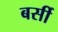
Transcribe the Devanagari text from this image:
बर्सी